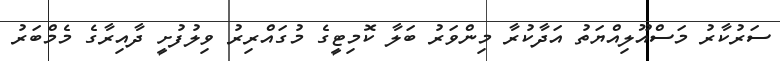
ސަރުކާރު މަސްއޫލިއްޔަތު އަދާކުރާ މިންވަރު ބަލާ ކޮމިޓީގެ މުގައްރިރު ވިލުފުށީ ދާއިރާގެ މެމްބަރު